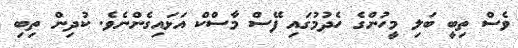
ވެސް ތިބީ ބަލި މީހުންގެ ހެދުމުގައި ފޭސް މާސްކް އަޅައިގެންނެވެ. ކުދިން ތިބި